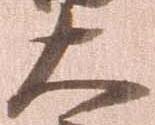
大